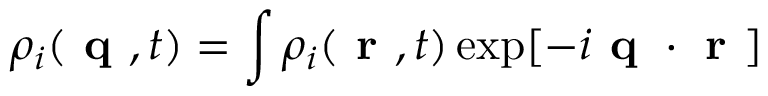
\rho _ { i } ( \textbf { q } , t ) = \int \rho _ { i } ( \textbf { r } , t ) \exp [ - i \textbf { q } \cdot \textbf { r } ]